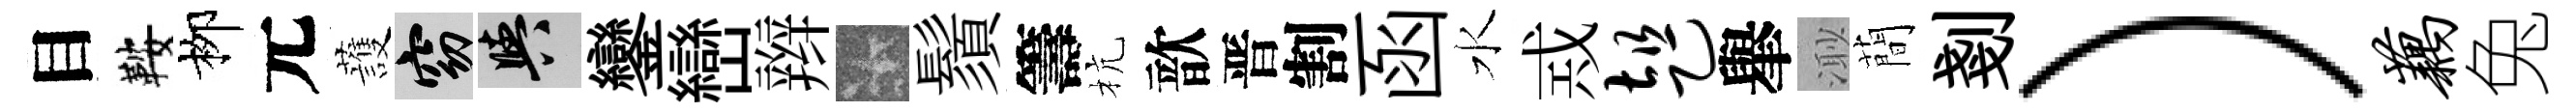
目鞍栁元䕶窈阳鑾巒辫卡鬚籌杭歆晋割函水𢦶趄𦦙𣺌蕳剗）藕兔